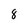
Character: 8